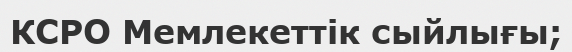
КСРО Мемлекеттік сыйлығы;